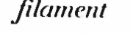
filament